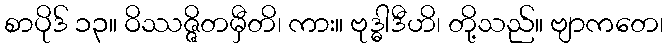
စာပိုဒ် ၁၃။ ဝိဿဇ္ဇိတမှီတိ၊ ကား။ ဗုဒ္ဓါဒီဟိ၊ တို့သည်။ ဗျာကတေ၊